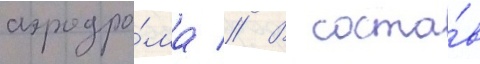
аэродро́ма // В соста́в